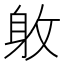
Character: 𨈡